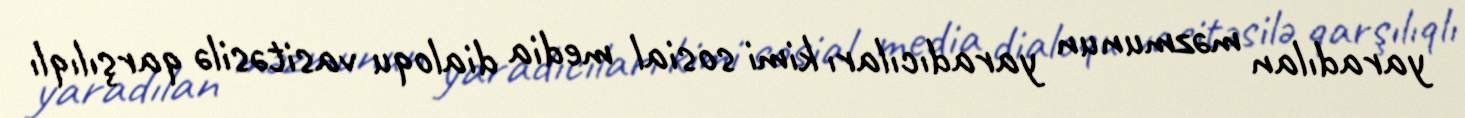
yaradılan məzmunun yaradıcıları kimi sosial media dialoqu vasitəsilə qarşılıqlı